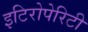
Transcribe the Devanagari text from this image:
इटिरोपेरिटी